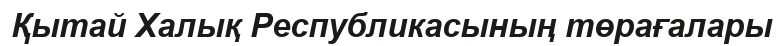
Қытай Халық Республикасының төрағалары